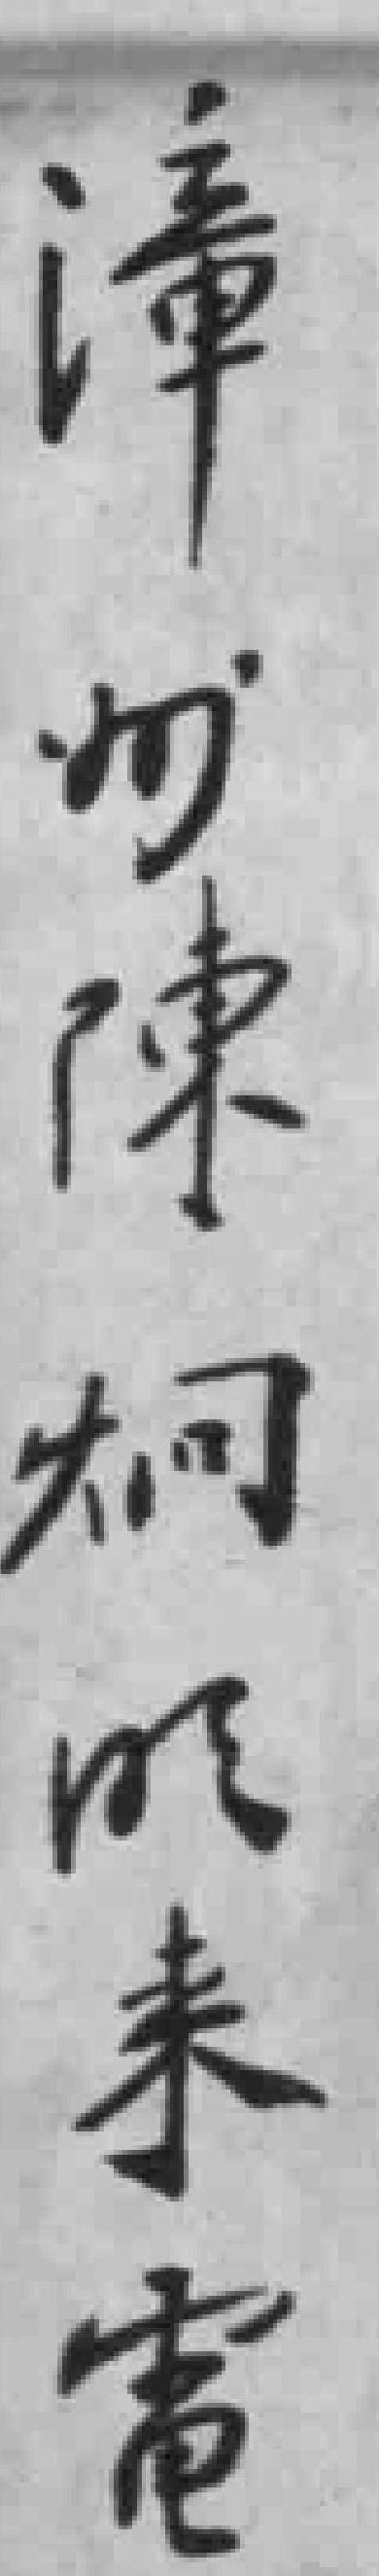
漳州陳炯明来電